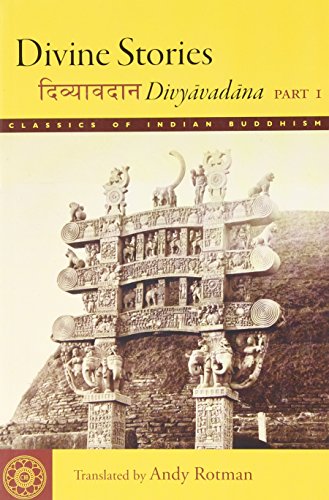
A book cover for Divine Stories: Divyavadana, Part 1 (Classics of Indian Buddhism) (v. 1); Religion & Spirituality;